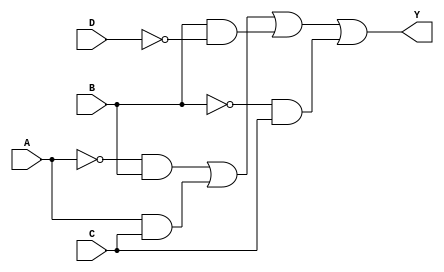
module combinational_logic_block (
    input wire A,  // Input variable A
    input wire B,  // Input variable B
    input wire C,  // Input variable C
    input wire D,  // Input variable D
    output wire Y  // Output variable Y
);

// Define the minimized logic expression
// Example: Y = A'B + AC + BD'
// This expression is derived using algebraic minimization and K-map optimization.

wire notA, notB, notC, notD;
wire term1, term2, term3, term4;

// Generate NOT gates for input variables
not (notA, A);
not (notB, B);
not (notC, C);
not (notD, D);

// Generate the product terms
and (term1, notA, B); // A'B
and (term2, A, C);    // AC
and (term3, B, notD); // B'D
and (term4, notB, C); // B'C

// Combine the product terms using OR gate
or (Y, term1, term2, term3, term4); // Y = A'B + AC + B'D + B'C

endmodule